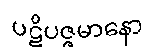
ပဋိပဇ္ဇမာနော